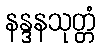
နန္ဒနသုတ္တံ